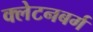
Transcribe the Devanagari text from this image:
क्लेटनबर्ग